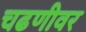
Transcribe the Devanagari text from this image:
चढणीवर